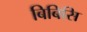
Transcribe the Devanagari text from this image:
बिबिसि